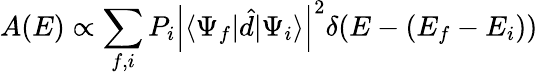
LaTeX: A(E)\propto\sum_{f,i}P_{i}\left|\langle\Psi_{f}|\hat{d}|\Psi_{i}\rangle\right|^{2}\delta(E-(E_{f}-E_{i}))